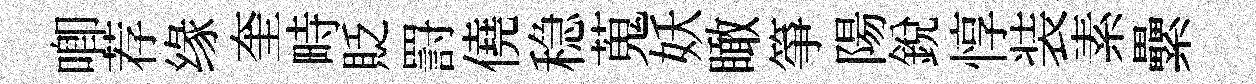
唧荐缘奎畤貶罸僥稳蒐妖瞰箏陽銳惇装素纍